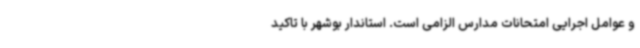
و عوامل اجرایی امتحانات مدارس الزامی است. استاندار بوشهر با تاکید